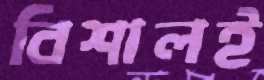
বিশালই